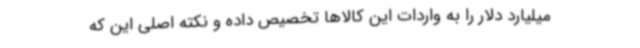
میلیارد دلار را به واردات این کالاها تخصیص داده و نکته اصلی این که